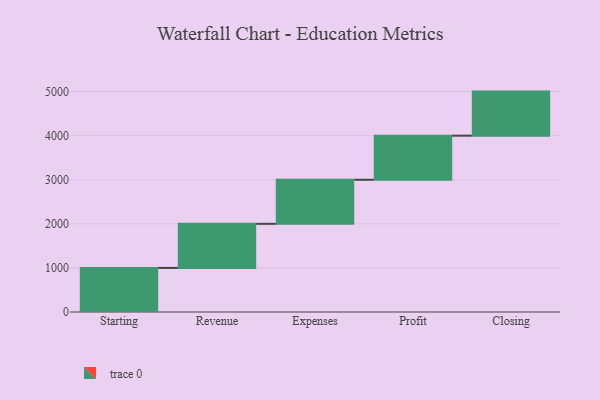
{"axis": {"x": "Step", "y": "Value"}, "legend": [""], "data": [{"x": "Starting", "y": 1000, "type": ""}, {"x": "Revenue", "y": 1000, "type": ""}, {"x": "Expenses", "y": 1000, "type": ""}, {"x": "Profit", "y": 1000, "type": ""}, {"x": "Closing", "y": 1000, "type": ""}]}